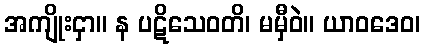
အကျိုးငှာ။ န ပဋိသေဝတိ၊ မမှီဝဲ။ ယာဝဒေဝ၊